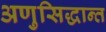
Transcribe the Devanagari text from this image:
अणुसिद्धान्त